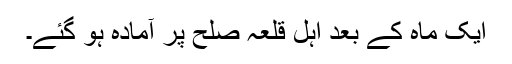
ایک ماہ کے بعد اہل قلعہ صلح پر آمادہ ہو گئے۔